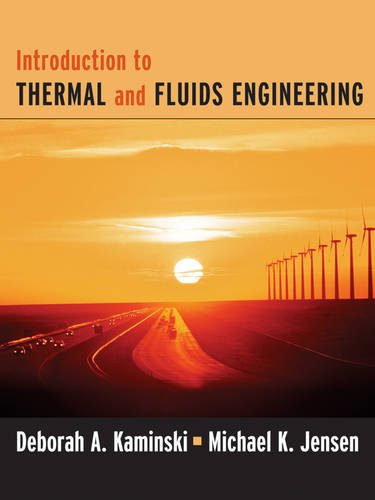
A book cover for Introduction to Thermal and Fluids Engineering; Deborah A. Kaminski; Science & Math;